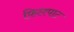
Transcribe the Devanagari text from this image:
फ़िलपाट